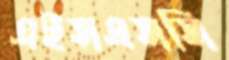
এইসএসসি